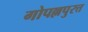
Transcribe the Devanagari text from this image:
गोपल्लपुरत्त